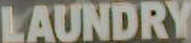
LAUNDRY